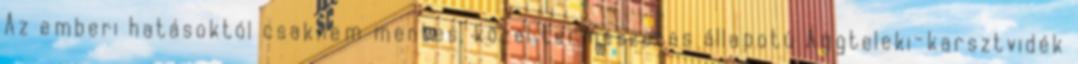
Az emberi hatásoktól csaknem mentes, közel természetes állapotú Aggteleki-karsztvidék